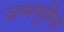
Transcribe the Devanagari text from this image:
जन्मभूमिच्छ